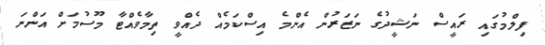
ފިލްމުގައި ރައީސް ނަޝީދުގެ ނަޒަރުން އެންމެ އިސްކަމެއް ދެއްވީ ތިމާވެއްޓާ މޫސުމަށް އަންނަ